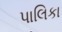
પાલિકા